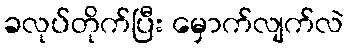
ခလုပ်တိုက်ပြီး မှောက်လျက်လဲ